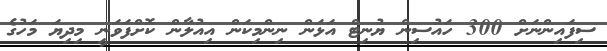
ސިފައިންނަށް 300 ހައުސިން ޔުނިޓް އަޅަން ނިންމިކަން އިއުލާން ކޮށްފަވަނީ މިދިޔަ މަހުގެ